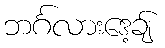
ဘင်္ဂလားဒေ့ချ်